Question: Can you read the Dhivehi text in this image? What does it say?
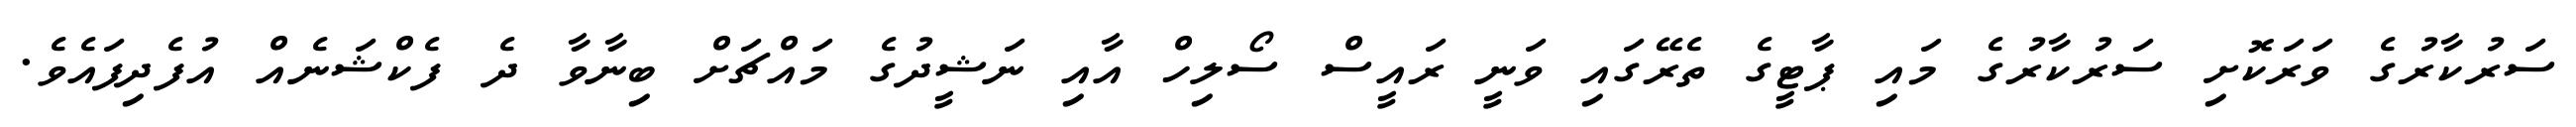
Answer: ސަރުކާރުގެ ވަރަކޮށި ސަރުކާރުގެ މައި ޕާޓީގެ ތެރޭގައި ވަނީ ރައީސް ސޯލިހް އާއި ނަޝީދުގެ މައްޗަށް ބިނާވާ ދެ ފެކްޝަނެއް އުފެދިފައެވެ.